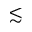
\lesssim